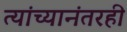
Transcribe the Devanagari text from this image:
त्यांच्यानंतरही